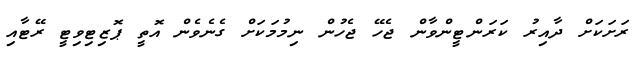
ރަށަކަށް ދާއިރު ކަރަންޓީންވާން ޖެހޭ ޖެހުން ނިމުމަކަށް ގެނެވެން އޮތީ ޕޮޒިޓިވިޓީ ރޭޓާއި